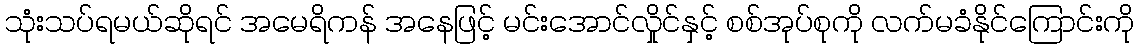
သုံးသပ်ရမယ်ဆိုရင် အမေရိကန် အနေဖြင့် မင်းအောင်လှိုင်နှင့် စစ်အုပ်စုကို လက်မခံနိုင်ကြောင်းကို